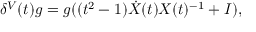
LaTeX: \delta ^ { V } ( t ) g = g ( ( t ^ { 2 } - 1 ) \dot { X } ( t ) X ( t ) ^ { - 1 } + I ) ,